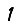
Digit: 1